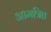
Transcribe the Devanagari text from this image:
आमत्रित